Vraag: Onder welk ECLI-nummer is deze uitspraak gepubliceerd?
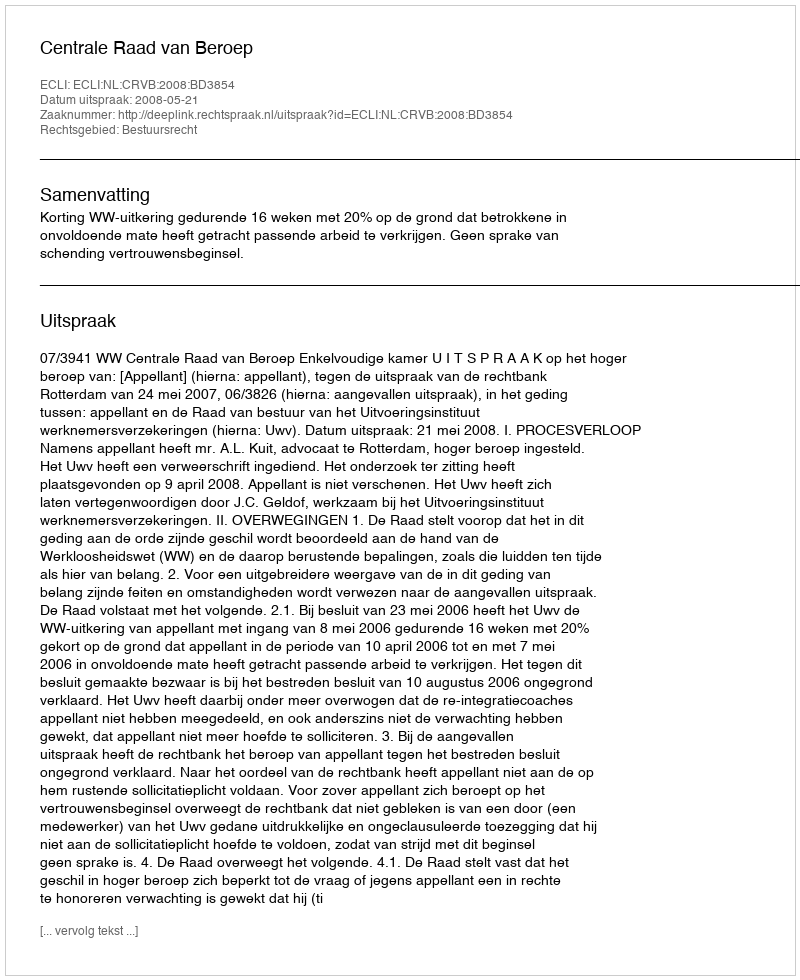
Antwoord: ECLI:NL:CRVB:2008:BD3854